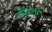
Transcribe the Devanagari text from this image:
ज़मीन्दारों